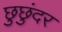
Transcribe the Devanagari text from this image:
छुछुंदर